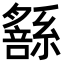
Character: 𦅹